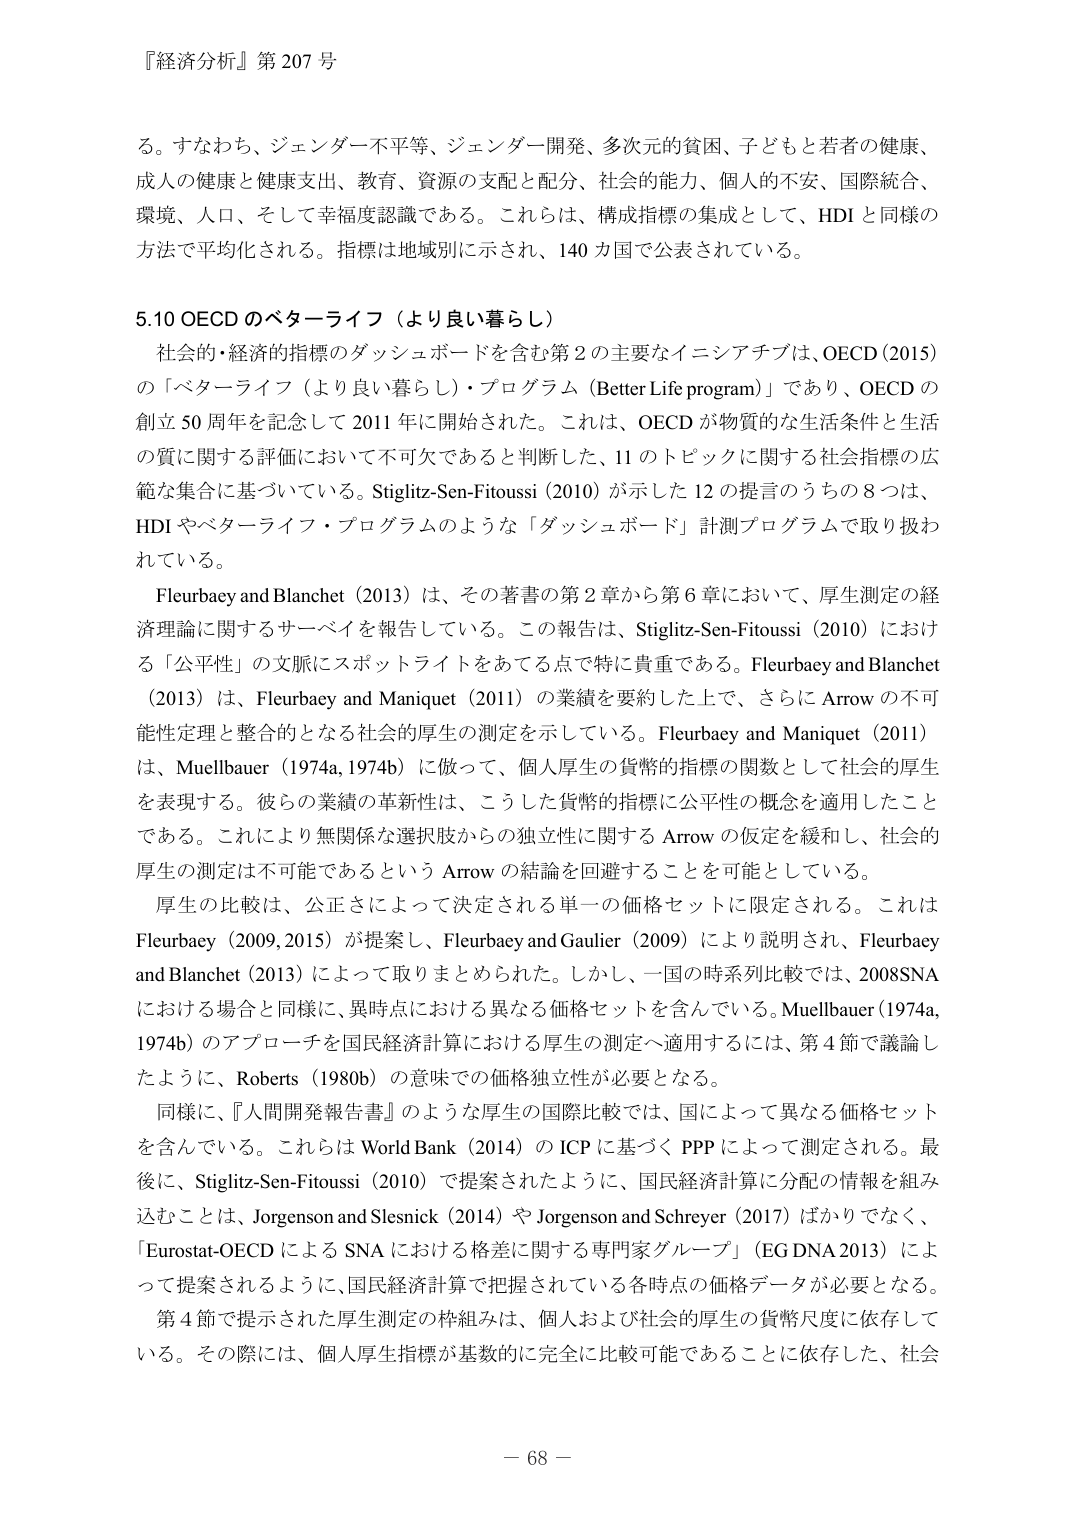
『経済分析』第 207 号

る。すなわち、ジェンダー不平等、ジェンダー開発、多次元的貧困、子どもと若者の健康、
成人の健康と健康支出、教育、資源の支配と分配、社会的能力、個人的不安、国際統合、
環境、人口、そして幸福度認識である。これらは、構成指標の集成として、HDI と同様の
方法で平圧化される。指標は地域別に示され、140 国で公表されている。

5.10 OECD のベターライフ（より良い暮らし）
　社会的・経済的指標のダッシュボードを含む第 2 の主要なイニシアチブは、OECD (2015)
の「ベターライフ（より良い暮らし）・プログラム（Better Life program）」であり、OECD の
創立 50 周年を記念して 2011 年に開始された。これは、OECD が物質的な生活条件と生活
の質に関する評価において不可欠であると判断した、11 のトピックに関する社会指標の広
範な集合に基づいている。Stiglitz-Sen-Fitoussi (2010) が示した 12 の提言のうちの 8 つは、
HDI やベターライフ・プログラムのような「ダッシュボード」計測プログラムで取り扱わ
れている。

　Fleurbaey and Blanchet (2013) は、その著書の第 2 章から第 6 章において、厚生測定の経
済理論に関するサーベイを報告している。この報告は、Stiglitz-Sen-Fitoussi (2010) におけ
る「公平性」の文脈にスポットライトをあてる点で特に貴重である。Fleurbaey and Blanchet
(2013) は、Fleurbaey and Maniquet (2011) の業績を要約した上で、さらに Arrow の不可
能性定理と整合的となる社会的厚生の測定を示している。Fleurbaey and Maniquet (2011)
は、Muellbauer (1974a, 1974b) に倣って、個人厚生の貨幣的指標の関数として社会的厚生
を表現する。彼らの業績の革新性は、こうした貨幣的指標に公平性の概念を適用したこと
である。これにより無関係な選択肢からの独立性に関する Arrow の仮定を緩和し、社会的
厚生の測定は不可能であるという Arrow の結論を回避することを可能としている。

　厚生の比較は、公正さによって決定される単一の価格セットに限定される。これは
Fleurbaey (2009, 2015) が提案し、Fleurbaey and Gaulier (2009) により説明され、Fleurbaey
and Blanchet (2013) によって取りまとめられた。しかし、一国の時系列比較では、2008SNA
における場合と同様に、異時点における異なる価格セットを含んでいる。Muellbauer (1974a,
1974b) のアプローチを国民経済計算における厚生の測定へ適用するには、第 4 節で議論し
たように、Roberts (1980b) の意味での価格独立性が必要となる。

　同様に、『人間開発報告書』のような厚生の国際比較では、国によって異なる価格セット
を含んでいる。これらは World Bank (2014) の ICP に基づく PPP によって測定される。最
後に、Stiglitz-Sen-Fitoussi (2010) で提案されたように、国民経済計算に分配の情報を組み
込むことは、Jorgenson and Slesnick (2014) や Jorgenson and Schreyer (2017) ばかりでなく、
「Eurostat-OECD による SNA における格差に関する専門家グループ」（EG DNA 2013）によ
って提案されるように、国民経済計算で把握されている各時点の価格データが必要となる。
　第 4 節で提示された厚生測定の枠組みは、個人および社会的厚生の貨幣尺度に依存して
いる。その際には、個人厚生指標が基数的に完全に比較可能であることに関係し、社会

－ 68 －